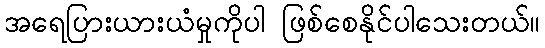
အရေပြားယားယံမှုကိုပါ ဖြစ်စေနိုင်ပါသေးတယ်။